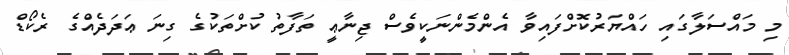
މި މައްސަލާގައި ހައްޔަރުކޮށްފައިވާ އެންމެންނަކީވެސް ޖިނާޢީ ތަފާތު ކުށްތަކުގެ ގިނަ ޢަދަދެއްގެ ރެކޯޑް